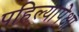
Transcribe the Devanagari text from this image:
पहिल्यापेक्षा